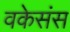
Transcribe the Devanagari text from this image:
वकेसंस